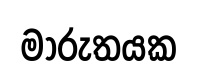
මාරුතයක